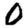
Digit: 0